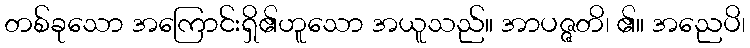
တစ်ခုသော အကြောင်းရှိ၏ဟူသော အယူသည်။ အာပဇ္ဇတိ၊ ၏။ အညေပိ၊